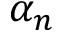
\alpha _ { n }